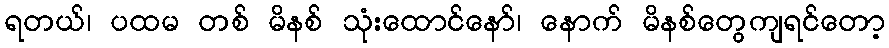
ရတယ်၊ ပထမ တစ် မိနစ် သုံးထောင်နော်၊ နောက် မိနစ်တွေကျရင်တော့